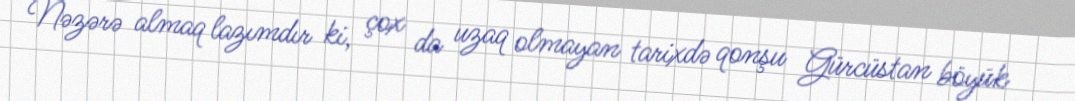
Nəzərə almaq lazımdır ki, çox da uzaq olmayan tarixdə qonşu Gürcüstan böyük